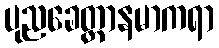
ပုညခေတ္တာနမာကရာ